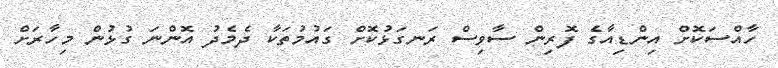
ހާއްސަކޮށް އިންޑިއާގެ ފޮރިން ސާވިސް ރަނގަޅުކޮށް ގައުމުތަކާ ދެމެދު އޮންނަ ގުޅުން މިހާރަށް